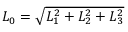
\begin{array} { r } { L _ { 0 } = \sqrt { L _ { 1 } ^ { 2 } + L _ { 2 } ^ { 2 } + L _ { 3 } ^ { 2 } } } \end{array}